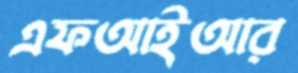
এফআইআর